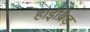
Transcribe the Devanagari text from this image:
हाईब्रिड़